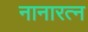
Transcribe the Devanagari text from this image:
नानारत्न